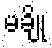
မချို